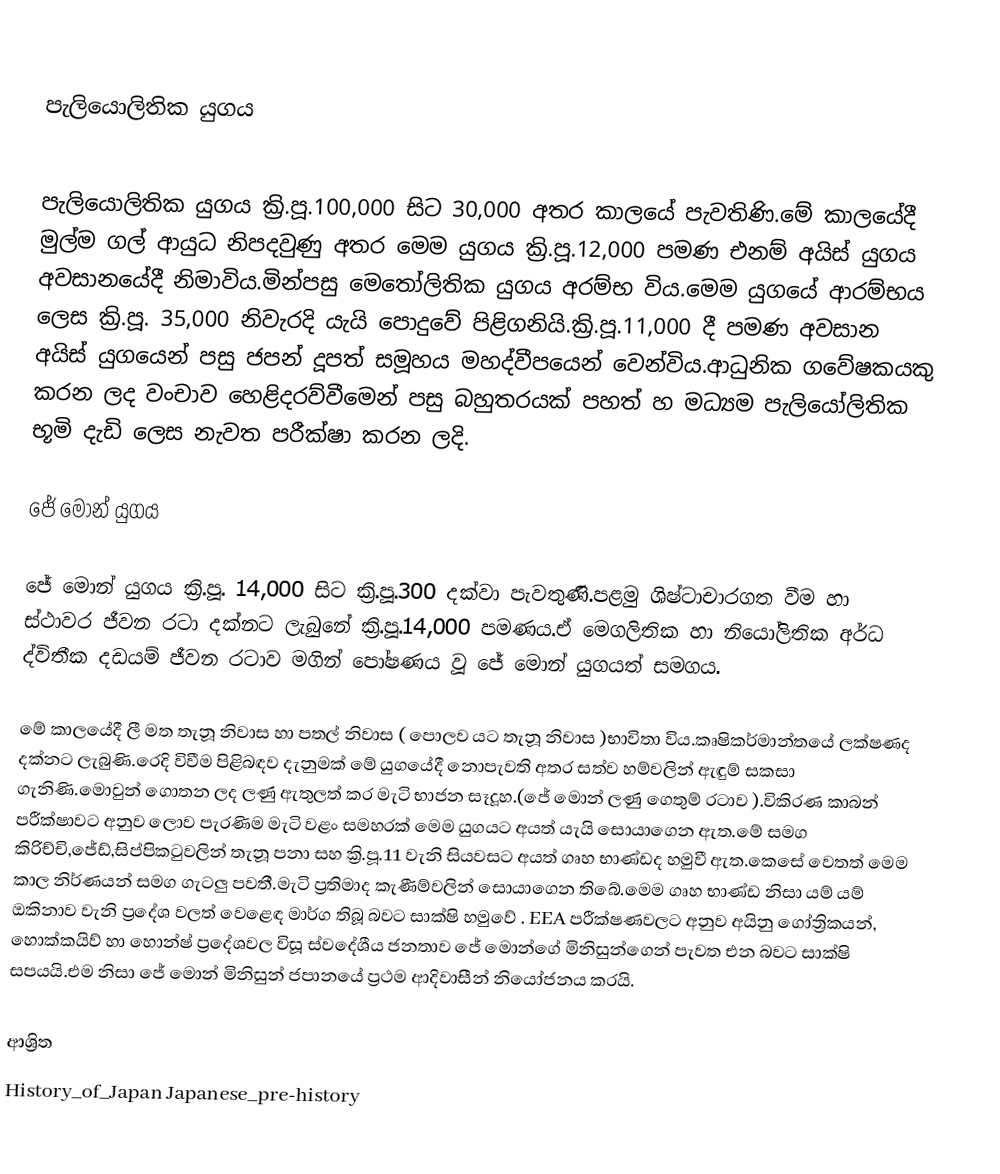

පැලියොලිතික යුගය

පැලියොලිතික යුගය ක්‍රි.පූ.100,000 සිට 30,000 අතර කාලයේ පැවතිණි.මේ කාලයේදී මුල්ම ගල් ආයුධ නිපදවුණු අතර මෙම යුගය ක්‍රි.පූ.12,000 පමණ එනම් අයිස් යුගය අවසානයේදී නිමාවිය.මින්පසු මෙතෝලිතික යුගය අරම්භ විය.මෙම යුගයේ ආරම්භය ලෙස ක්‍රි.පූ. 35,000 නිවැරදි යැයි පොදුවේ පිළිගනියි.ක්‍රි.පූ.11,000 දී පමණ අවසාන අයිස් යුගයෙන් පසු ජපන් දූපත් සමූහය මහද්වීපයෙන් වෙන්විය.ආධුනික ගවේෂකයකු කරන ලද වංචාව හෙළිදරව්වීමෙන් පසු බහුතරයක් පහත් හ මධ්‍යම පැලියෝලිතික භූමි දැඩි ලෙස නැවත පරීක්ෂා කරන ලදි.

ජේ මොන් යුගය

ජේ මොන් යුගය ක්‍රි.පූ. 14,000 සිට ක්‍රි.පූ.300 දක්වා පැවතුණි.පළමු ශිෂ්ටාචාරගත වීම හා ස්ථාවර ජීවන රටා දක්නට ලැබුනේ ක්‍රි.පූ.14,000 පමණය.ඒ මෙගලිතික හා නියෝලිතික අර්ධ ද්විතීක දඩයම් ජීවන රටාව මගින් පෝෂණය වූ ජේ මොන් යුගයත් සමගය.

මේ කාලයේදී ලී මත තැනූ නිවාස හා පතල් නිවාස ( පොලව යට තැනූ නිවාස )භාවිතා විය.කෘෂිකර්මාන්තයේ ලක්ෂණද දක්නට ලැබුණි.රෙදි විවීම පිළිබඳව දැනුමක් මේ යුගයේදී නොපැවති අතර සත්ව හම්වලින් ඇඳුම් සකසා ගැනිණි.මොවුන් ගොතන ලද ලණු ඇතුලත් කර මැටි භාජන සෑදූහ.(ජේ මොන් ලණු ගෙතුම් රටාව ).විකිරණ කාබන් පරීක්ෂාවට අනුව ලොව පැරණිම මැටි වළං සමහරක් මෙම යුගයට අයත් යැයි සොයාගෙන ඇත.මේ සමග කිරිච්චි,ජේඩ්,සිප්පිකටුවලින් තැනූ පනා සහ ක්‍රි.පූ.11 වැනි සියවසට අයත් ගෘහ භාණ්ඩද හමුවී ඇත.කෙසේ වෙතත් මෙම කාල නිර්ණයන් සමග ගැටලු පවතී.මැටි ප්‍රතිමාද කැණීම්වලින් සොයාගෙන තිබේ.මෙම ගෘහ භාණ්ඩ  නිසා යම් යම් ඔකිනාව වැනි ප්‍රදේශ වලත් වෙළෙඳ මාර්ග තිබූ බවට සාක්ෂි  හමුවේ . EEA පරීක්ෂණවලට අනුව අයිනු ගෝත්‍රිකයන්, හොක්කයිව් හා හොන්ෂ් ප්‍රදේශවල විසූ ස්වදේශීය ජනතාව ජේ මොන්ගේ මිනිසුන්ගෙන් පැවත එන බවට සාක්ෂි සපයයි.එම නිසා ජේ මොන් මිනිසුන් ජපානයේ ප්‍රථම ආදිවාසීන් නියෝජනය කරයි.

ආශ්‍රිත
History_of_Japan Japanese_pre-history